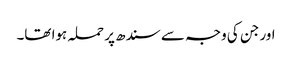
اور جن کی وجہ سے سندھ پر حملہ ہوا تھا۔